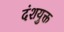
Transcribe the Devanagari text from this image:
दंशयुक्त